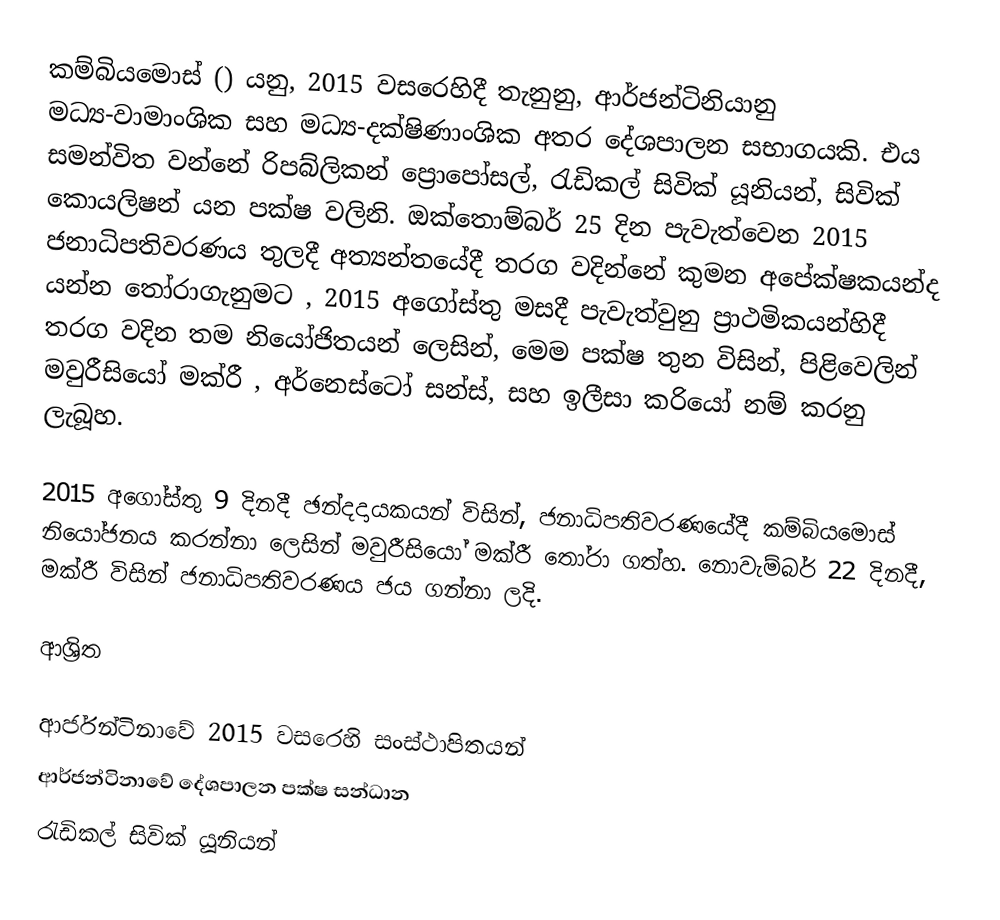
කම්බියමොස් () යනු, 2015 වසරෙහිදී තැනුනු,  ආර්ජන්ටිනියානු  මධ්‍ය-වාමාංශික සහ මධ්‍ය-දක්ෂිණාංශික අතර  දේශපාලන සභාගයකි. එය සමන්විත වන්නේ රිපබ්ලිකන් ප්‍රොපෝසල්, රැඩිකල් සිවික් යූනියන්, සිවික් කොයලිෂන් යන පක්ෂ වලිනි. ඔක්තොම්බර් 25 දින පැවැත්වෙන 2015 ජනාධිපතිවරණය තුලදී අත්‍යන්තයේදී තරග වදින්නේ කුමන අපේක්ෂකයන්ද යන්න තෝරාගැනුමට , 2015 අගෝස්තු මසදී පැවැත්වුනු ප්‍රාථමිකයන්හිදී තරග වදින තම නියෝජිතයන් ලෙසින්, මෙම පක්ෂ තුන විසින්,  පිළිවෙලින් මවුරීසියෝ මක්රී  , අර්නෙස්ටෝ සන්ස්, සහ  ඉලීසා කරියෝ නම් කරනු ලැබූහ.

2015 අගෝස්තු 9 දිනදී ඡන්දදායකයන් විසින්, ජනාධිපතිවරණයේදී කම්බියමොස් නියෝජනය කරන්නා ලෙසින්   මවුරීසියෝ මක්රී  තෝරා ගත්හ.  නොවැම්බර්  22 දිනදී, මක්රී  විසින් ජනාධිපතිවරණය ජය ගන්නා ලදි.

ආශ්‍රිත

ආර්ජන්ටිනාවේ  2015 වසරෙහි සංස්ථාපිතයන්
ආර්ජන්ටිනාවේ දේශපාලන පක්ෂ සන්ධාන
රැඩිකල් සිවික් යූනියන්